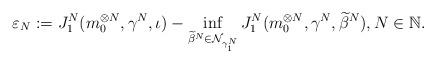
LaTeX: \begin{align*}\varepsilon_N:=J_1^N(m_0^{\otimes N}, {\gamma}^N,\iota )-\inf_{\widetilde \beta^N \in \mathcal N_{\gamma^N_1}}J_1^N(m_0^{\otimes N}, \gamma^N, \widetilde \beta^N), N \in \mathbb{N}.\end{align*}